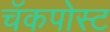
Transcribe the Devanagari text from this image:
चॅकपोस्ट